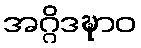
အဂ္ဂိဒဍ္ဎာဝ